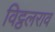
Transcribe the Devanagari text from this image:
विट्ठलराव